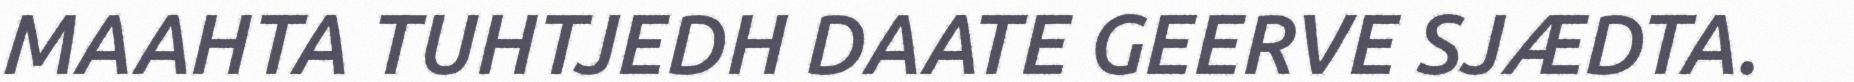
MAAHTA TUHTJEDH DAATE GEERVE SJÆDTA.